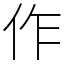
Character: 作